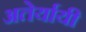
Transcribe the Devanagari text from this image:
अतेर्यायी